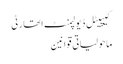
کیپیٹل ڈیولپمنٹ اتھارٹی
ماحولیاتی قوانین